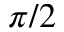
\pi / 2